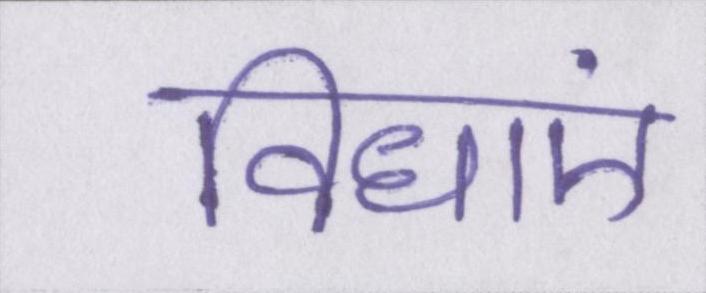
विधाएं